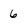
Character: 6